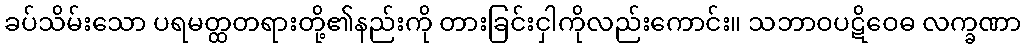
ခပ်သိမ်းသော ပရမတ္ထတရားတို့၏နည်းကို တားခြင်းငှါကိုလည်းကောင်း။ သဘာဝပဋိဝေဓ လက္ခဏာ